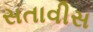
સતાવીસ